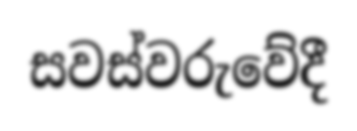
සවස්වරුවේදී